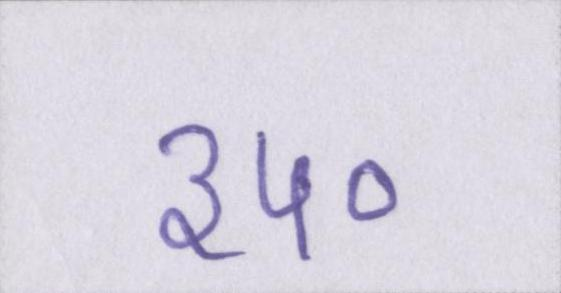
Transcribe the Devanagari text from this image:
३५०